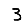
Digit: 3